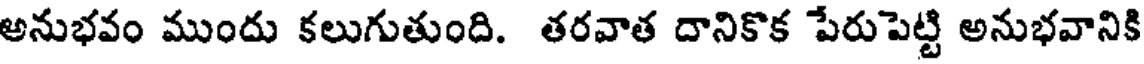
అనుభవం ముందు కలుగుతుంది. తరవాత దానికొక పేరుపెట్టి అనుభవానికి